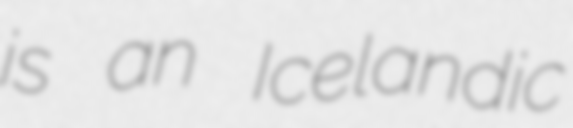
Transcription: is an Icelandic